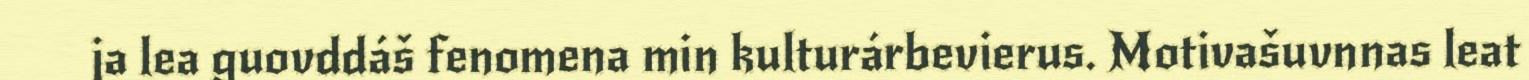
ja lea guovddáš fenomena min kulturárbevierus. Motivašuvnnas leat